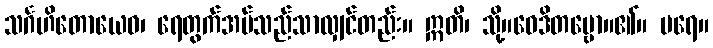
သင်္ဂဟိတောယေဝ၊ ရေတွက်အပ်သည်သာလျှင်တည်း။ ဣတိ၊ သို့။ဝေဒိတဗ္ဗော။၏။ ပရေ။